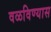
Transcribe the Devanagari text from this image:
वळविण्यास